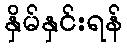
နှိမ်နှင်းရန်